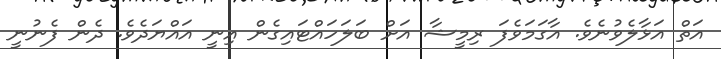
އަތް އަޅާލެވުނެވެ. އާގަމަވެފަ ރިމީޝާ އަށް ބަލަހައްޓައިގެން އިނީ އައްޔަދެވެ. ދެން ފެނުނީ